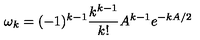
\omega _ { k } = ( - 1 ) ^ { k - 1 } \frac { k ^ { k - 1 } } { k ! } A ^ { k - 1 } e ^ { - k A / 2 }